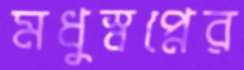
মধুস্বপ্নের